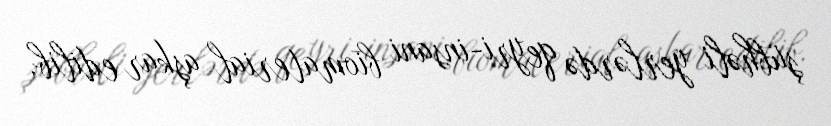
şübhəli yerlərdə qeyri-insani biomaterial aşkar edilib.